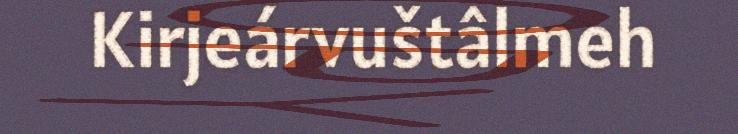
Kirjeárvuštâlmeh